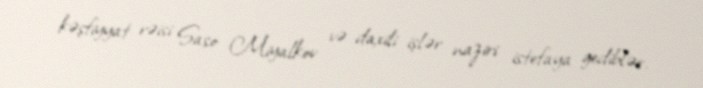
kəşfiyyat rəisi Saso Miyalkov və daxili işlər naziri istefaya gediblər.